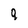
Character: 9